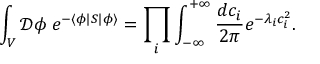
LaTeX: \int _ { V } { \mathcal { D } } \phi \; e ^ { - \langle \phi | S | \phi \rangle } = \prod _ { i } \int _ { - \infty } ^ { + \infty } { \frac { d c _ { i } } { 2 \pi } } e ^ { - \lambda _ { i } c _ { i } ^ { 2 } } .